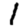
Digit: 1